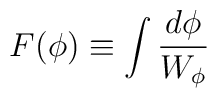
F(\phi)\equiv\int{d\phi\over W_\phi}